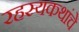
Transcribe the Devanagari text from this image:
रहस्यकथांचे